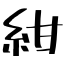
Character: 紺